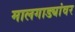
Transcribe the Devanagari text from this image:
मालगाड्यांवर